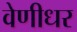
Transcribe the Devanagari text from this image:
वेणीधर